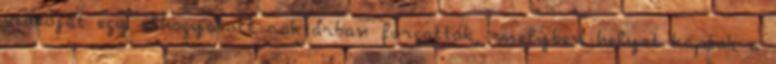
videóját egy elhagyatott raktárban forgatták, melyben helyet kaptak a